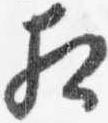
相